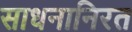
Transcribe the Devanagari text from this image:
साधनानिरत